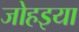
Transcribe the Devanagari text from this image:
जोहइया